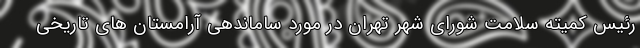
رئیس کمیته سلامت شورای شهر تهران در مورد ساماندهی آرامستان های تاریخی